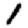
Digit: 1